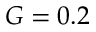
G = 0 . 2